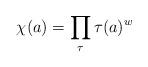
LaTeX: \begin{align*}\chi(a) = \prod_\tau \tau(a)^w\end{align*}